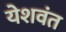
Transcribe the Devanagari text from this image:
येशवंत